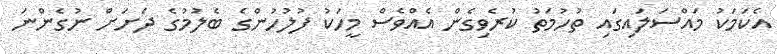
އެކަމަކު މައްސަލައިގައި ތުހުމަތު ކުރެވިގެން އެއްވެސް މީހަކު ފުލުހުންގެ ބެލުމުގެ ދަށަށް ނުގެންނަ